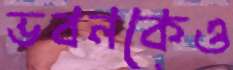
ভবনকেও